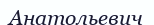
Анатольевич